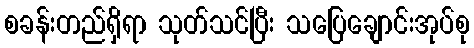
စခန်းတည်ရှိရာ သုတ်သင်ပြီး သပြေချောင်းအုပ်စု